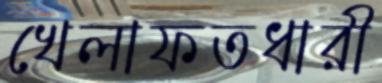
খেলাফতধারী